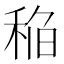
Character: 𰨬